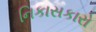
નિકાસકારો